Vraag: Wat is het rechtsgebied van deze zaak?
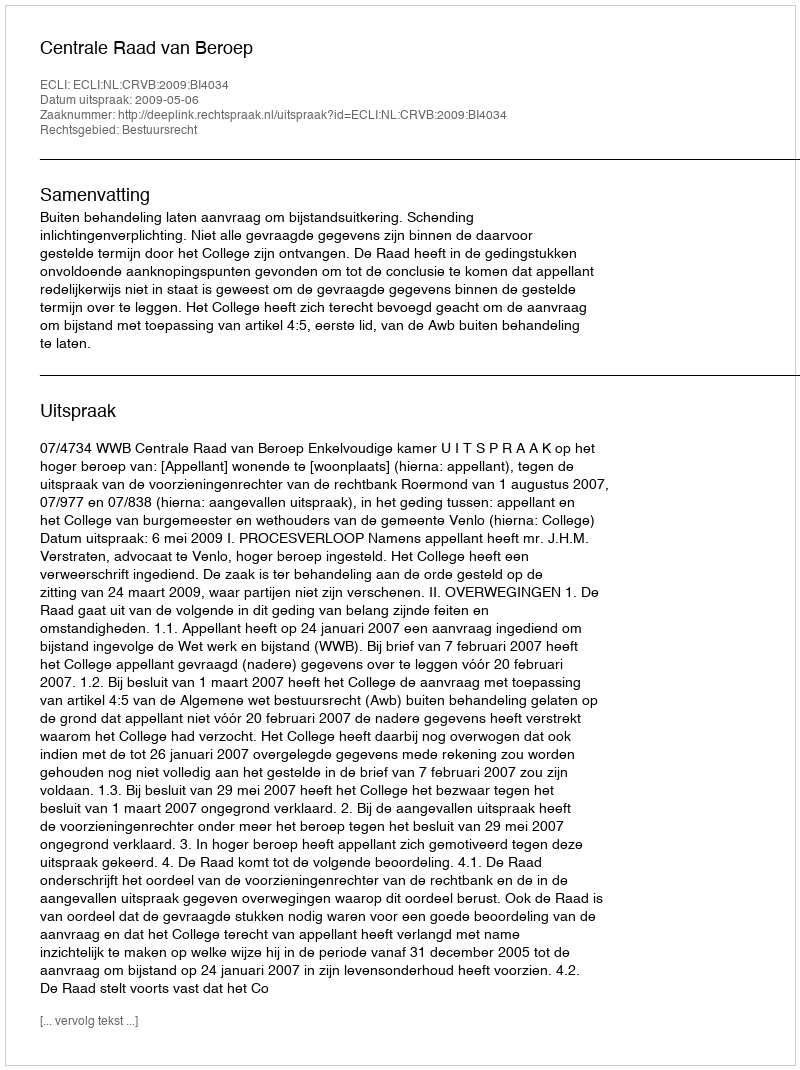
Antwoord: Bestuursrecht